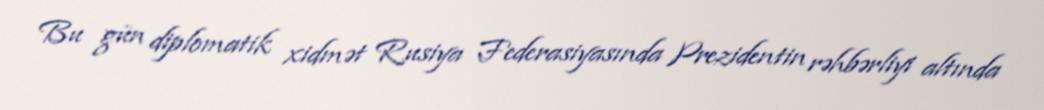
Bu gün diplomatik xidmət Rusiya Federasiyasında Prezidentin rəhbərliyi altında